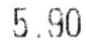
5.90